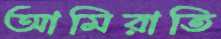
আমিরাতি